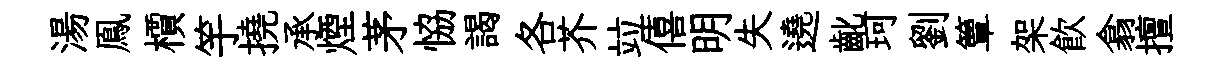
湯鳯檟竽撓承煙茅恊謁各芥竝僖明失遶齔珂劉簟架飮翕擅